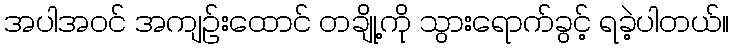
အပါအဝင် အကျဉ်းထောင် တချို့ကို သွားရောက်ခွင့် ရခဲ့ပါတယ်။